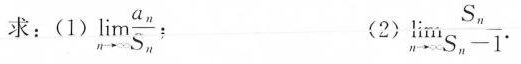
求：(1) $$\lim _ { n \rightarrow ∞ } \frac { a _ { n } } { S _ { n } }$$ ；(2) $$\lim _ { n \rightarrow ∞ } \frac { S _ { n } }